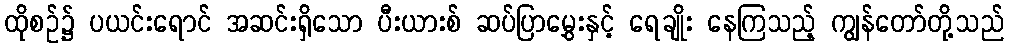
ထိုစဉ်၌ ပယင်းရောင် အဆင်းရှိသော ပီးယားစ် ဆပ်ပြာမွှေးနှင့် ရေချိုး နေကြသည့် ကျွန်တော်တို့သည်